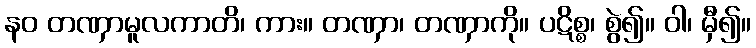
နဝ တဏှာမူလကာတိ၊ ကား။ တဏှာ၊ တဏှာကို။ ပဋိစ္စ၊ စွဲ၍။ ဝါ၊ မှီ၍။